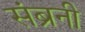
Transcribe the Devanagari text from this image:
संब्रनी